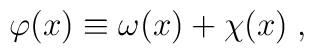
\varphi(x) \equiv  \omega(x) + \chi(x) \;,